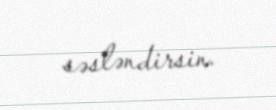
səsləndirsin.